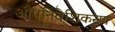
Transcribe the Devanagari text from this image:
औपनिवेशिकरण